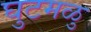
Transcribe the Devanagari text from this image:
घुटमळु